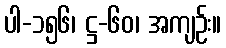
ပါ-၁၅၆၊ ဋ္ဌ-၆၀၊ အကျဉ်း။